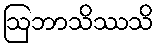
ဩဘာသိဿသိ